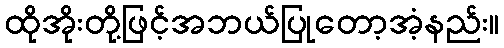
ထိုအိုးတို့ဖြင့်အဘယ်ပြုတော့အံ့နည်း။